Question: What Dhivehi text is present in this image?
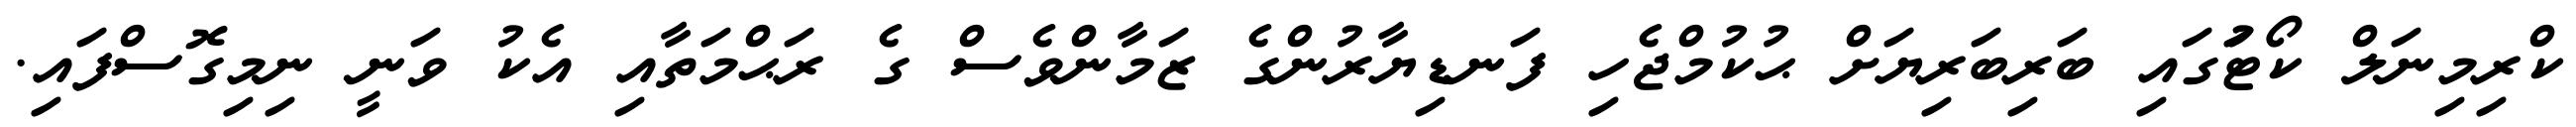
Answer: ކްރިމިނަލް ކޯޓުަގައި ބަރިބަރިޔަށް ޙުކުމްޖެހި ފަނޑިޔާރުންގެ ޒަމާންވެސް ގެ ރަޙްމަތާއި އެކު ވަނީ ނިމިގޮސްފައި.